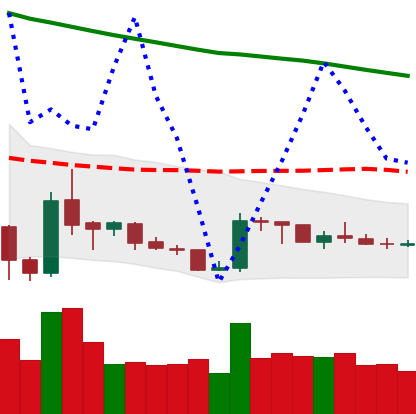
Ticker: XRP-USD
Chart end date: 2019-02-16
Forward return: 6.492%
Label: up_5_7